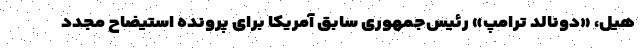
هیل، «دونالد ترامپ» رئیس‌جمهوری سابق آمریکا برای پرونده استیضاح مجدد